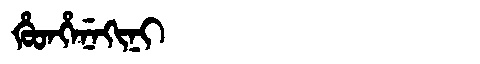
Manchu: ᡥᡠᡨᡥᡝᠨᡝᡴᡳᠨᡳ
Romanization: HUTHENEKINI